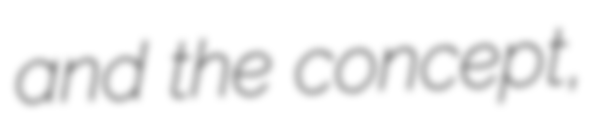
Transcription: and the concept,